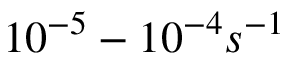
1 0 ^ { - 5 } - 1 0 ^ { - 4 } s ^ { - 1 }